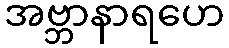
အဗ္ဘာနာရဟေ